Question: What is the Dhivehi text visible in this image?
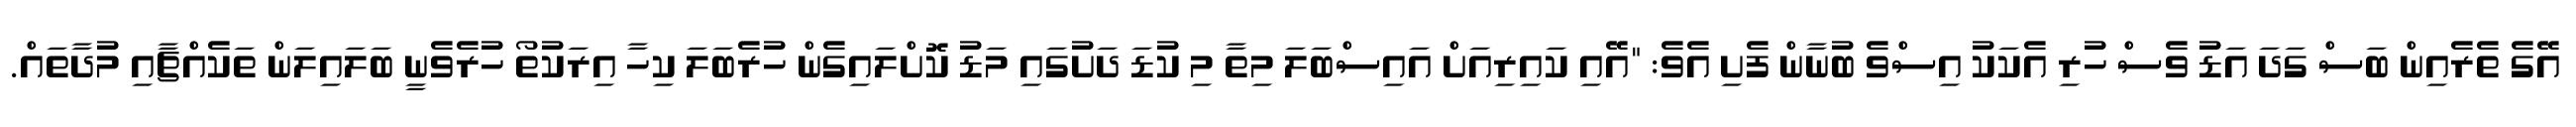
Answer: އޭގެ ތެރެއިން ބަސް ގަދަ އަޑު ވެސް ހުރި އެކަކު އިސްވެ ބުނާން ފެށި އެވެ: "އޭއި ކައިރިއަށް އައިސްބަލަ މިތާ މި ކުޑަ ދަށުގައި މަޑު ކޮށްލައިގެން ހުރެބަލަ ކިހާ އިރަކުތޯ ހުރެވެނީ ބަލައިލަން ތަކެއްޗާއި މުދާތައް.